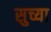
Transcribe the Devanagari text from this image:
सुच्या